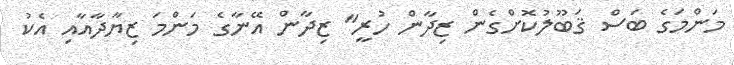
މަންމަގެ ބަސް ޤަބޫލުކޮށްގެން ޒިދާން ހުރީ" ޒިދާން އޭނާގެ މަންމަ ޒިޔާދާއާއި އެކު